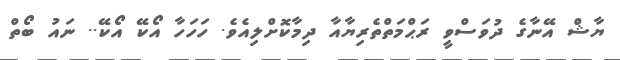
ޔާޝް އޭނާގެ ދުވަސްވީ ރަޙްމަތްތެރިޔާއާ ދިމާކޮށްލިއެވެ. ހަހަހާ އޯކޭ އޯކޭ.. ނައު ބޯތް